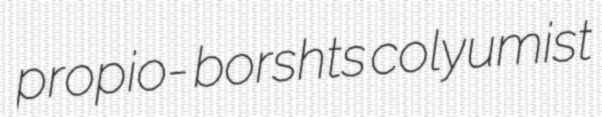
propio- borshts colyumist